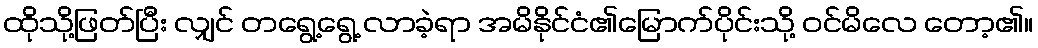
ထိုသို့ဖြတ်ပြီး လျှင် တရွေ့ရွေ့ လာခဲ့ရာ အမိနိုင်ငံ၏မြောက်ပိုင်းသို့ ဝင်မိလေ တော့၏။